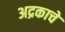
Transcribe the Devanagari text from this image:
अद्रकाचे